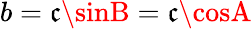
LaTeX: b=\mathfrak{c}\sinB=\mathfrak{c}\cosA